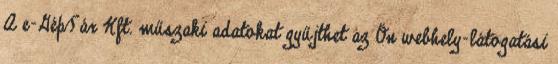
A e-GépTár Kft. műszaki adatokat gyűjthet az Ön webhely-látogatási